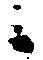
候